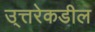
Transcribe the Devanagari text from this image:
उ्त्तरेकडील